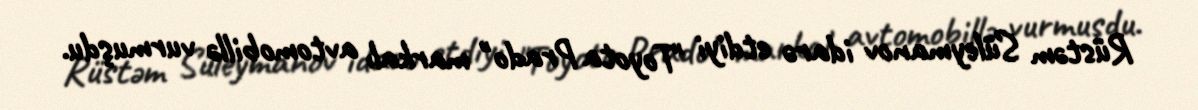
Rüstəm Süleymanov idarə etdiyi "Toyota Prado" markalı avtomobillə vurmuşdu.